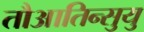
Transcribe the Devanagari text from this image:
तौआतिन्सुयु